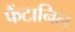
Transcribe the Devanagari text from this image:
फैंटानिल